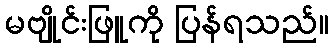
မဗျိုင်းဖြူကို ပြန်ရသည်။